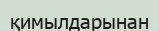
қимылдарынан